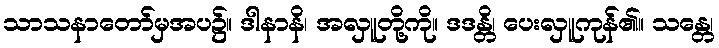
သာသနာတော်မှအပ၌။ ဒါနာနိ၊ အလှူတို့ကို။ ဒဒန္တိ၊ ပေးလှူကုန်၏။ သန္တေ၊